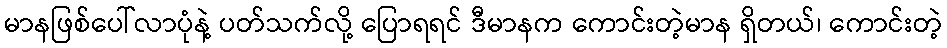
မာနဖြစ်ပေါ်လာပုံနဲ့ ပတ်သက်လို့ ပြောရရင် ဒီမာနက ကောင်းတဲ့မာန ရှိတယ်၊ ကောင်းတဲ့